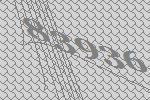
83936